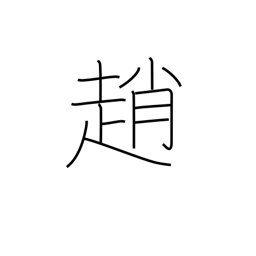
Meaning: late-going